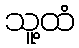
သူ့ထံ